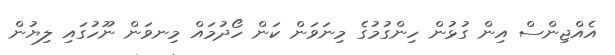
އެއްޖިންސް އިން ގުޅުން ހިންގުމުގެ މިނަވަން ކަން ހޯދުމައް މިނވަން ނޫހުގައި ލިޔުން